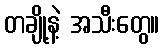
တချို့နဲ့ အသီးတွေ။